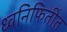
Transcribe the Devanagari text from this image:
ध्वनिफितींत